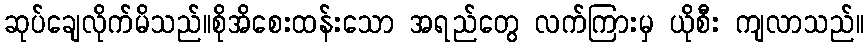
ဆုပ်ချေလိုက်မိသည်။စိုအိစေးထန်းသော အရည်တွေ လက်ကြားမှ ယိုစီး ကျလာသည်။